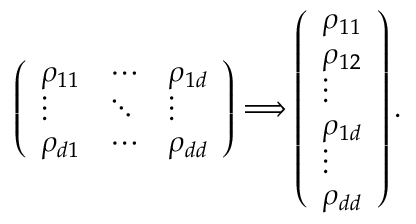
\left( \begin{array} { l l l } { \rho _ { 1 1 } } & { \cdots } & { \rho _ { 1 d } } \\ { \vdots } & { \ddots } & { \vdots } \\ { \rho _ { d 1 } } & { \cdots } & { \rho _ { d d } } \end{array} \right) \Longrightarrow \left( \begin{array} { l } { \rho _ { 1 1 } } \\ { \rho _ { 1 2 } } \\ { \vdots } \\ { \rho _ { 1 d } } \\ { \vdots } \\ { \rho _ { d d } } \end{array} \right) .